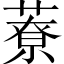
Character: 𦼔